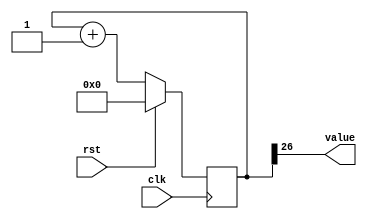
/*
   This file was generated automatically by Alchitry Labs version 1.2.7.
   Do not edit this file directly. Instead edit the original Lucid source.
   This is a temporary file and any changes made to it will be destroyed.
*/

/*
   Parameters:
     SIZE = 1
     DIV = 26
     TOP = 0
     UP = 1
*/
module counter_25 (
    input clk,
    input rst,
    output reg [0:0] value
  );
  
  localparam SIZE = 1'h1;
  localparam DIV = 5'h1a;
  localparam TOP = 1'h0;
  localparam UP = 1'h1;
  
  
  reg [26:0] M_ctr_d, M_ctr_q = 1'h0;
  
  localparam MAX_VALUE = 27'h3ffffff;
  
  always @* begin
    M_ctr_d = M_ctr_q;
    
    value = M_ctr_q[26+0-:1];
    if (1'h1) begin
      M_ctr_d = M_ctr_q + 1'h1;
      if (1'h0 && M_ctr_q == 27'h3ffffff) begin
        M_ctr_d = 1'h0;
      end
    end else begin
      M_ctr_d = M_ctr_q - 1'h1;
      if (1'h0 && M_ctr_q == 1'h0) begin
        M_ctr_d = 27'h3ffffff;
      end
    end
  end
  
  always @(posedge clk) begin
    if (rst == 1'b1) begin
      M_ctr_q <= 1'h0;
    end else begin
      M_ctr_q <= M_ctr_d;
    end
  end
  
endmodule